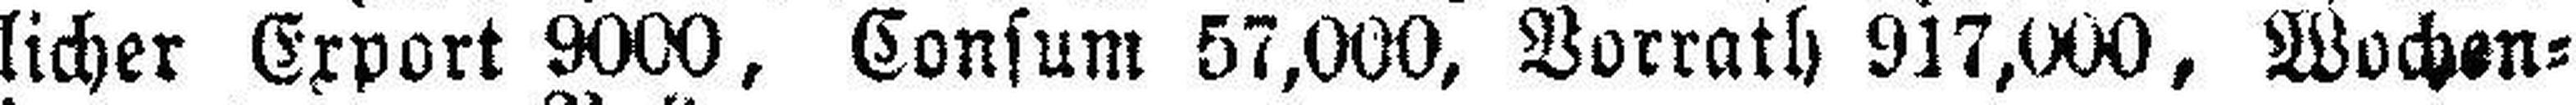
licher Export 9000, Consum 57,000, Vorrath 917,000, Wochen¬